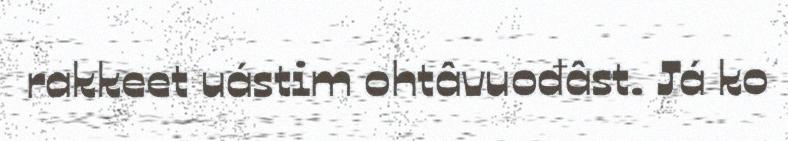
rakkeet uástim ohtâvuođâst. Já ko